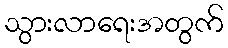
သွားလာရေးအတွက်